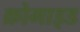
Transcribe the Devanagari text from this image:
क्रोमाइड